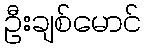
ဦးချစ်မောင်